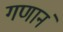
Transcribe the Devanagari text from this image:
गणानं